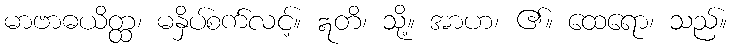
မာဗာဓယိတ္ထ၊ မနှိပ်စက်လင့်။ ဣတိ၊ သို့။ အာဟ၊ ၏။ ထေရော၊ သည်။